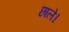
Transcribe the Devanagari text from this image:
छाले।